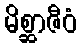
မိစ္ဆာဇီဝံ